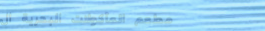
مطعم المأكولات البحرية ال